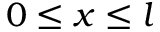
0 \leq x \leq l